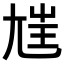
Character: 𡯭